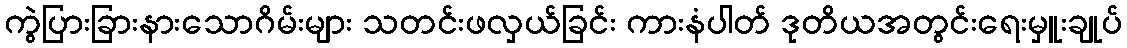
ကွဲပြားခြားနားသောဂိမ်းများ သတင်းဖလှယ်ခြင်း ကားနံပါတ် ဒုတိယအတွင်းရေးမှူးချုပ်